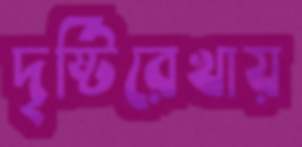
দৃষ্টিরেখায়